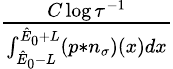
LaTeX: \begin{array}{r}{\frac{C\log{\tau^{-1}}}{\int_{\hat{E}_{0}-L}^{\hat{E}_{0}+L}(p\ast n_{\sigma})(x)dx}}\end{array}